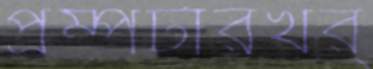
প্রম্পটারখর্